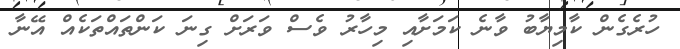
ހުރެގެން ކާމިޔާބު ވާނެ ކަމަށާއި މިހާރު ވެސް ވަރަށް ގިނަ ކަންތައްތަކެއް އޭނާ